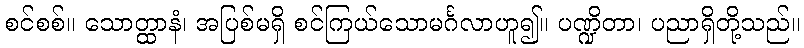
စင်စစ်။ သောတ္ထာနံ၊ အပြစ်မရှိ စင်ကြယ်သောမင်္ဂလာဟူ၍။ ပဏ္ဍိတာ၊ ပညာရှိတို့သည်။